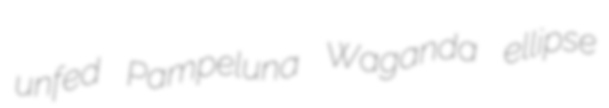
unfed Pampeluna Waganda ellipse